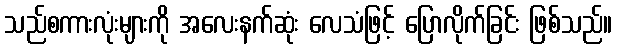
သည်စကားလုံးများကို အလေးနက်ဆုံး လေသံဖြင့် ပြောလိုက်ခြင်း ဖြစ်သည်။